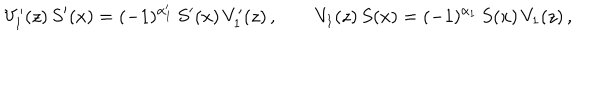
LaTeX: V _ { 1 } ^ { \prime } ( z ) \, S ^ { \prime } ( x ) = ( - 1 ) ^ { \alpha _ { 1 } ^ { \prime } } \, S ^ { \prime } ( x ) \, V _ { 1 } ^ { \prime } ( z ) \, , \qquad V _ { 1 } ( z ) \, S ( x ) = ( - 1 ) ^ { \alpha _ { 1 } } \, S ( x ) \, V _ { 1 } ( z ) \, ,